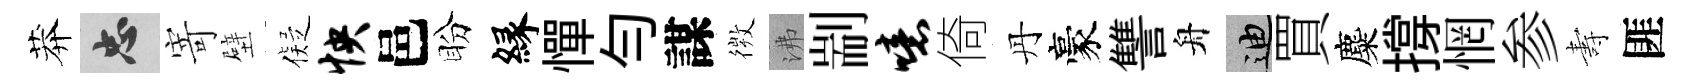
莽忠寄壁儗怏邑盼縁憚勻謀𢕄沸剬噫倚丹豪讐舟迪買麋撐惘参夀匪